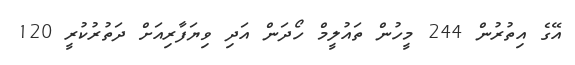
އޭގެ އިތުރުން 244 މީހުން ތައުލީމް ހޯދަން އަދި ވިޔަފާރިއަށް ދަތުރުކުރީ 120